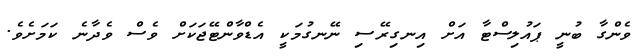
ވެންގާ ބުނީ ޕައުލިސްޓާ އަށް އިނގިރޭސި ނޭނގުމަކީ އެޑްވާންޓޭޖަކަށް ވެސް ވެދާނެ ކަމަށެވެ.